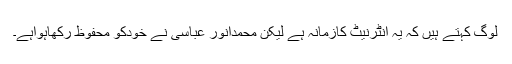
لوگ کہتے ہیں کہ یہ انٹرنیٹ کازمانہ ہے لیکن محمدانور عباسی نے خودکو محفوظ رکھاہواہے۔